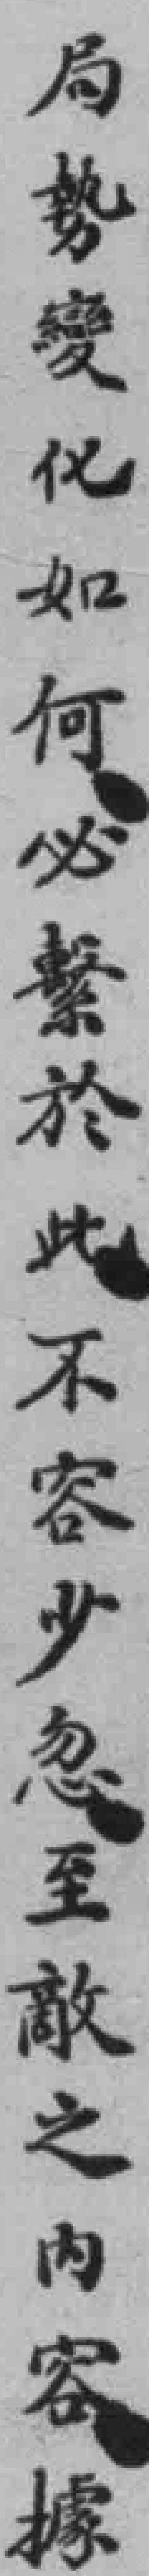
局勢變化如何必繫於此不容少忽至敵之內容據